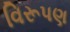
વિરૂપણ